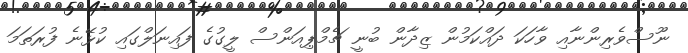
ނޫސްވެރިންނާއި ވާހަކަ ދައްކަމުން ޒިދާން ބުނީ ޗެމްޕިއަންސް ލީގުގެ ފައިނަލްގައި ކުޅޭނެ ފުރަތަމަ